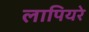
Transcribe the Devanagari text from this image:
लापियरे